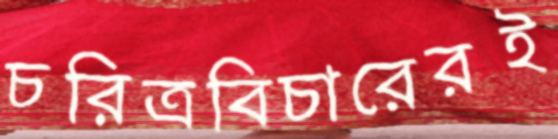
চরিত্রবিচারেরই